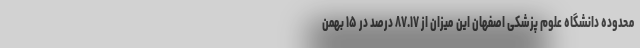
محدوده دانشگاه علوم پزشکی اصفهان این میزان از ۸۷.۱۷ درصد در ۱۵ بهمن